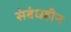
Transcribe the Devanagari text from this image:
संबंधहीन